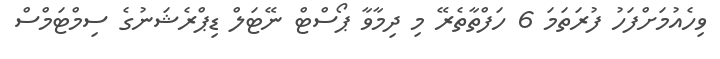
ވިހެއުމަށްފަހު ފުރަތަމަ 6 ހަފްތާތެރޭ މި ދިމާވާ ޕޯސްޓް ނޭޓަލް ޑިޕްރެޝަނުގެ ސިމްޓަމްސް